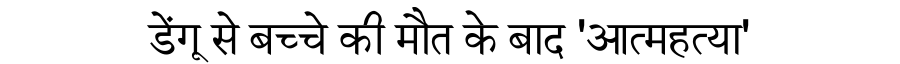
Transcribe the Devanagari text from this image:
डेंगू से बच्चे की मौत के बाद 'आत्महत्या'